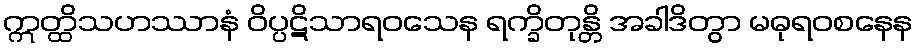
ဣတ္ထိသဟဿာနံ ဝိပ္ပဋိသာရဝသေန ရက္ခိတုန္တိ အခါဒိတွာ မဓုရဝစနေန